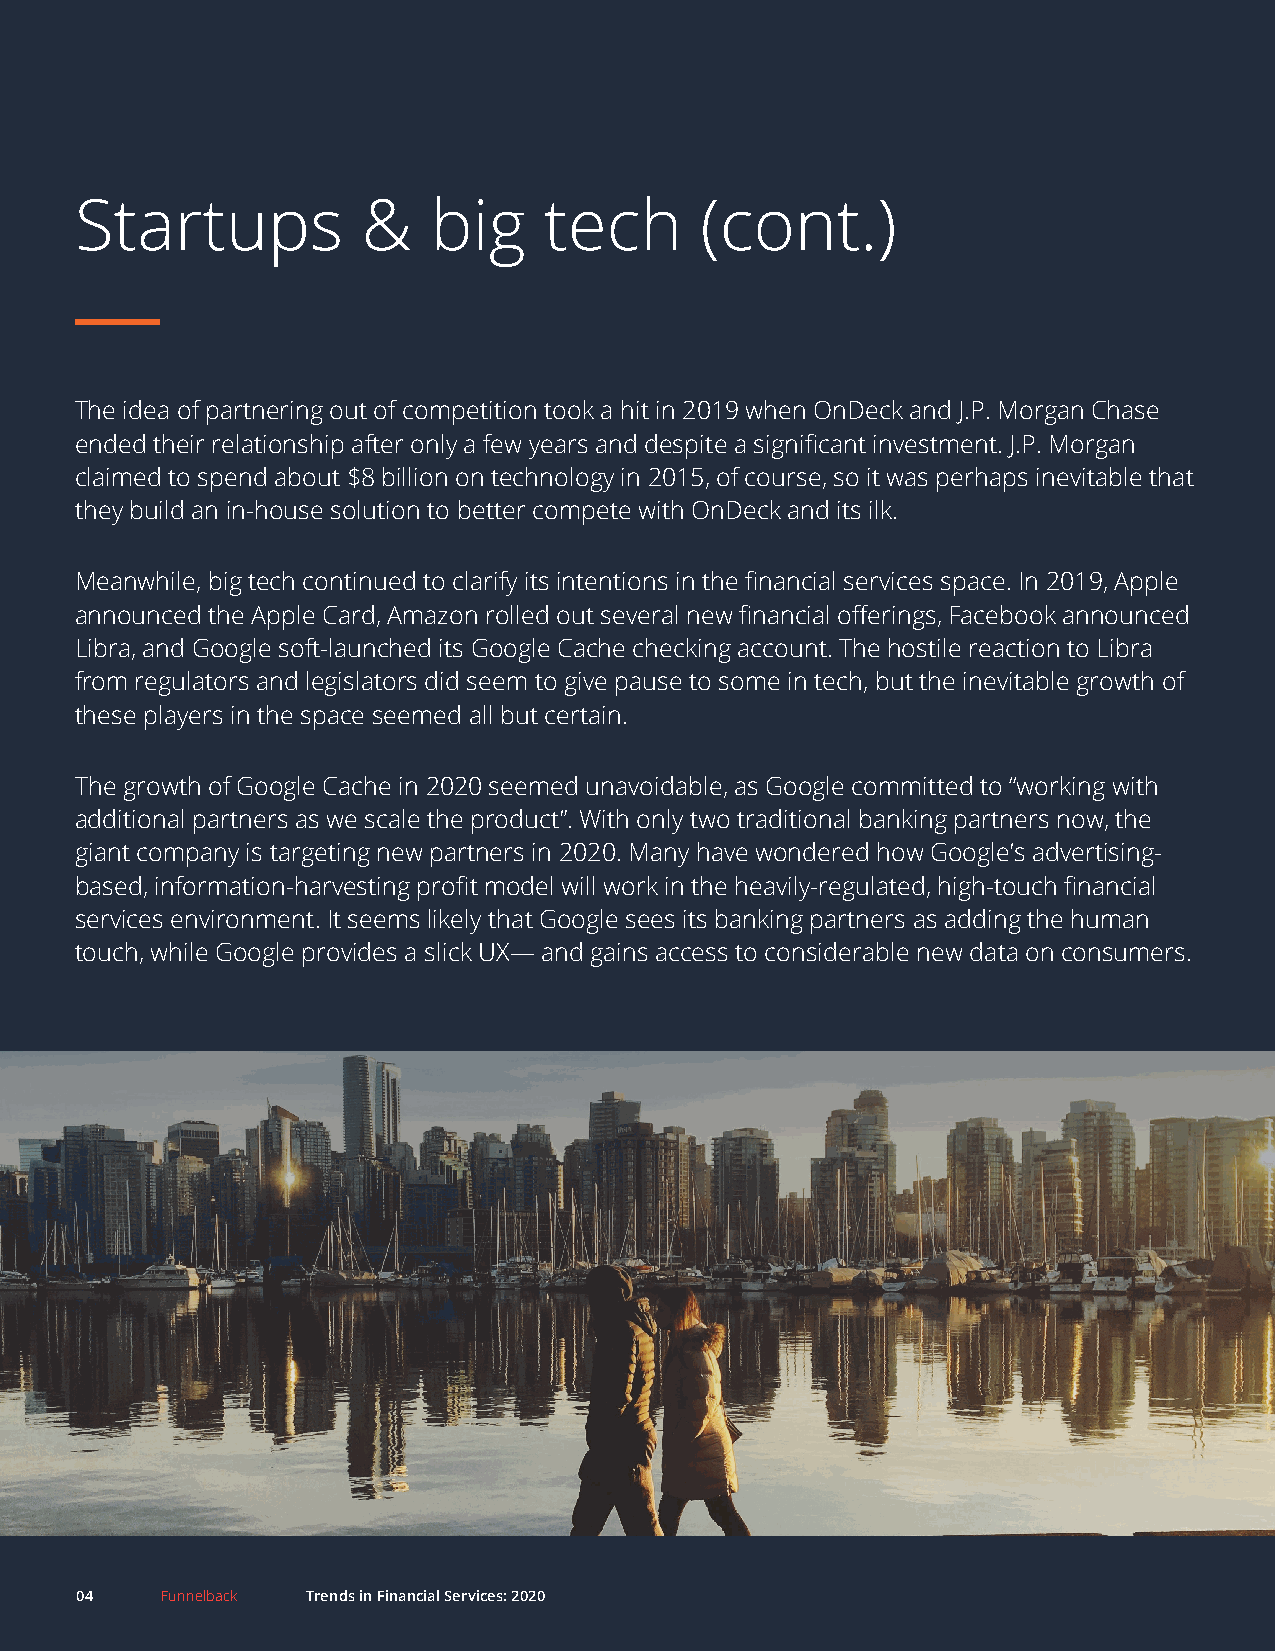
Startups           &   big     tech      (cont.)
 The idea of partnering out of competition took a hit in 2019 when OnDeck and J.P. Morgan Chase
 ended their relationship after only a few years and despite a significant investment. J.P. Morgan
 claimed to spend about $8 billion on technology in 2015, of course, so it was perhaps inevitable that
 they build an in-house solution to better compete with OnDeck and its ilk.
 Meanwhile, big tech continued to clarify its intentions in the financial services space. In 2019, Apple
 announced the Apple Card, Amazon rolled out several new financial offerings, Facebook announced
 Libra, and Google soft-launched its Google Cache checking account. The hostile reaction to Libra
 from regulators and legislators did seem to give pause to some in tech, but the inevitable growth of
 these players in the space seemed all but certain.
 The growth of Google Cache in 2020 seemed unavoidable, as Google committed to “working with
 additional partners as we scale the product”. With only two traditional banking partners now, the
 giant company is targeting new partners in 2020. Many have wondered how Google’s advertising-
 based, information-harvesting profit model will work in the heavily-regulated, high-touch financial
 services environment. It seems likely that Google sees its banking partners as adding the human
 touch, while Google provides a slick UX— and gains access to considerable new data on consumers.
 04    Funnelback Trends in Financial Services: 2020